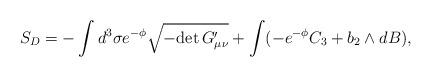
LaTeX: \begin{align*}S_D= - \int d^3 \sigma e^{-\phi} \sqrt{-{\rm det}\, G_{\mu\nu}^{\prime}} +\int( -e^{-\phi}C_3+b_2\wedge dB) ,\end{align*}